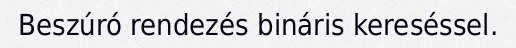
Beszúró rendezés bináris kereséssel.